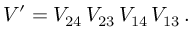
V ^ { \prime } = V _ { 2 4 } \, V _ { 2 3 } \, V _ { 1 4 } \, V _ { 1 3 } \, .